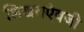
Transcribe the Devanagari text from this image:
शिखराऐवजी